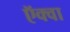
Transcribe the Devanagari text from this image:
ऍक्वा